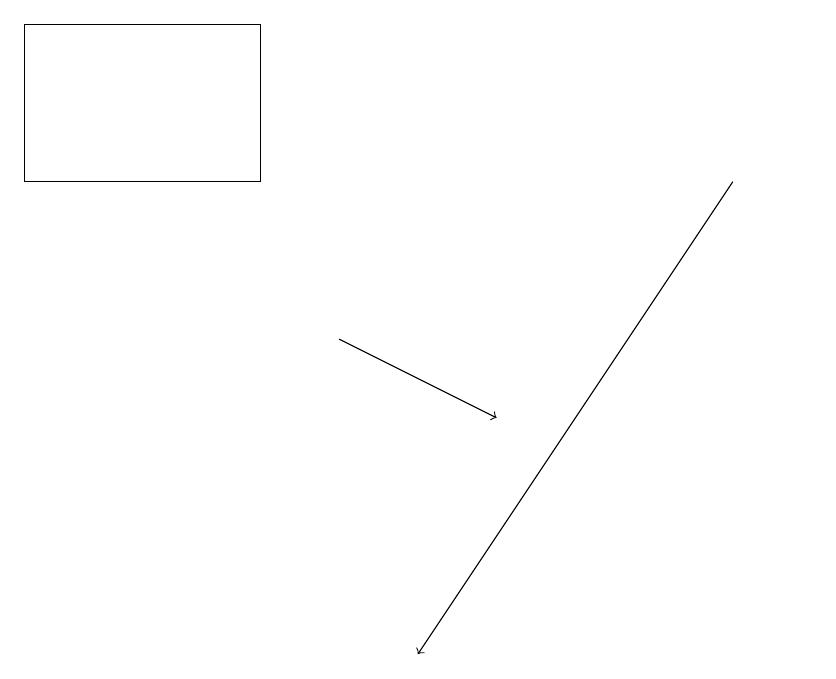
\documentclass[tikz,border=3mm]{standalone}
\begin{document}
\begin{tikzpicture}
\draw[->] (4,14) -- (6,13);
\draw (3,16) rectangle (0,18);
\draw (10,12) circle (0);
\draw[->] (9,16) -- (5,10);
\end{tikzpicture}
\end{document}